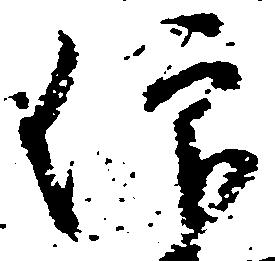
仰